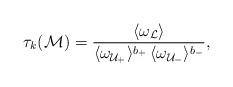
LaTeX: \begin{align*}\tau_k({\cal M})=\frac{\langle\omega_{\cal L}\rangle}{\langle\omega_{{\cal U}_+}\rangle^{b_+}\,\langle\omega_{{\cal U}_-}\rangle^{b_-}}{\rm,}\end{align*}